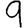
Digit: 9